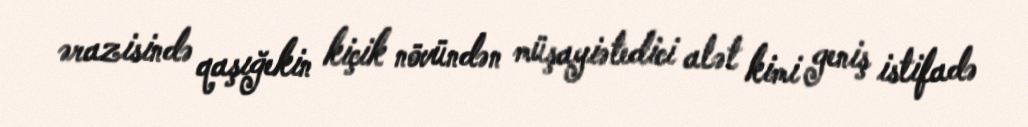
ərazisində qaşığekin kiçik növündən müşayiətedici alət kimi geniş istifadə